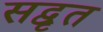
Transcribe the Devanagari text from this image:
सद्वृत